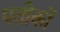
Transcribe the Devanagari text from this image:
पतीकों